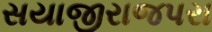
સયાજીરાજપરા